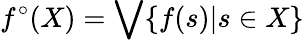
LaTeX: f^{\circ}(X)=\bigvee\{ f(s)|s\in X\}